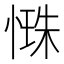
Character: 𢟐